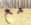
مع